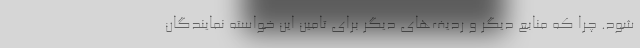
شود. چرا که منابع دیگر و ردیف‌های دیگر برای تامین این خواسته نمایندگان